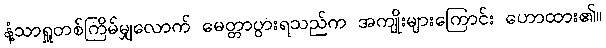
နံ့သာရှူတစ်ကြိမ်မျှလောက် မေတ္တာပွားရသည်က အကျိုးများကြောင်း ဟောထား၏။